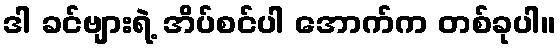
ဒါ ခင်ဗျားရဲ့ အိပ်စင်ပါ အောက်က တစ်ခုပါ။